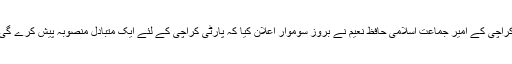
کراچی کے امیر جماعت اسلامی حافظ نعیم نے بروز سوموار اعلان کیا کہ پارٹی کراچی کے لئے ایک متبادل منصوبہ پیش کرے گی۔